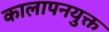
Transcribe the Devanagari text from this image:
कालापनयुक्त